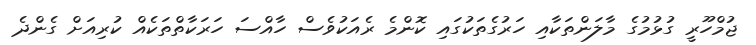
ޖުމްހޫރީ ގުޅުމުގެ މާލަންތަކާއި ހަރުގެތަކުގައި ކޮންމެ ރެއަކުވެސް ހާއްސަ ހަރަކާތްތަކެއް ކުރިއަށް ގެންދެ